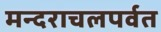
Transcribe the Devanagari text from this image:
मन्दराचलपर्वत